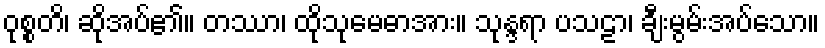
ဝုစ္စတိ၊ ဆိုအပ်၏။ တဿာ၊ ထိုသုမေဓာအား။ သုန္ဒရာ ပသဠာ၊ ချီးမွမ်းအပ်သော။